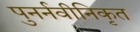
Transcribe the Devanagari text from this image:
पुनर्नवीनिकृत